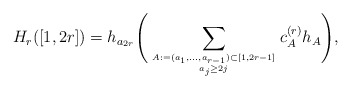
\begin{gather*}H_{r}([1,2r])= h_{a_{2r}} \Bigg( \sum_{A:=(a_1,\ldots,a_{r-1}) \subset [1,2r-1] \atop a_j \ge 2 j} c_{A}^{(r)} h_{A} \Bigg),\end{gather*}